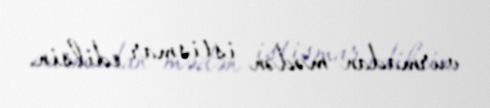
vurmadan mədən istismar edilsin.